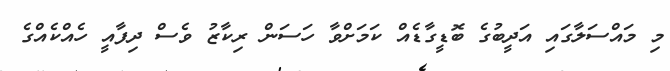
މި މައްސަލާގައި އަދީބުގެ ބޮޑީގާޑެއް ކަމަށްވާ ހަސަން ރިކާޒު ވެސް ދިފާއީ ހެއްކެއްގެ